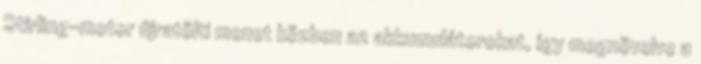
Stirling-motor újratölti menet közben az akkumulátorokat, így megnövelve a